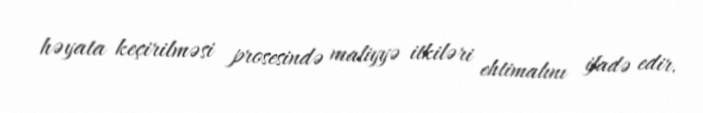
həyata keçirilməsi prosesində maliyyə itkiləri ehtimalını ifadə edir.